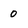
Character: 0